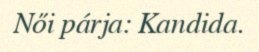
Női párja: Kandida.